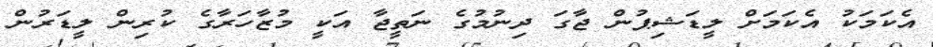
އެކަމަކު އެކަމަށް ލީޑަޝިޕުން ޖާގަ ދިނުމުގެ ނަތީޖާ އަކީ މުޒާހަރާގެ ކުރިން ލީޑަރުން